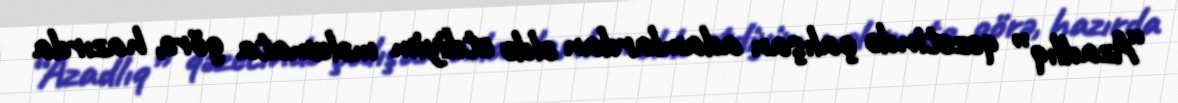
“Azadlıq” qəzetində çalışan adamlardan əldə etdiyim məlumata görə, hazırda